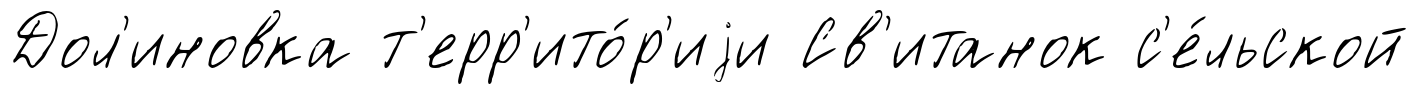
Дол'иновка т'ерр'ито́р'иjи Св'итанок с'е́льской